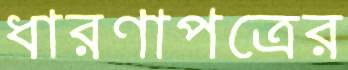
ধারণাপত্রের